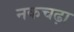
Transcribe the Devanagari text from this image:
नकचढ़ा